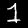
Label: 1